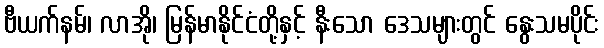
ဗီယက်နမ်၊ လာအို၊ မြန်မာနိုင်ငံတို့နှင့် နီးသော ဒေသများတွင် နွေးသမပိုင်း